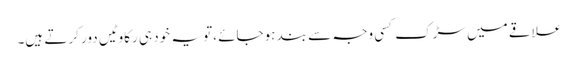
علاقے میں سڑک کسی وجہ سے بند ہوجائے ،تو یہ خود ہی رکاوٹیں دور کرتے ہیں۔